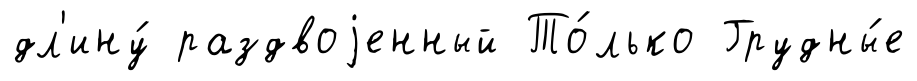
дл'ину́ раздвоjенный То́лько Грудны́е